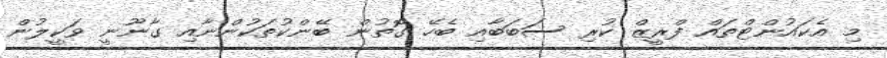
މި އެކައުންޓްތައް ފްރީޒް ކުރި ސަބަބާއި ބެހޭ ގޮތުން ބޭންކުތަކުންނާއި ގާނޫނީ ވަކީލުން